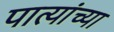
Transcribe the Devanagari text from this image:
पात्यांच्या